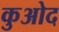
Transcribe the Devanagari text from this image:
कुओद